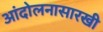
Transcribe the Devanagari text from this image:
आंदोलनासारखी